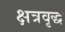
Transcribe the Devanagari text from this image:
क्षत्रवृद्ध